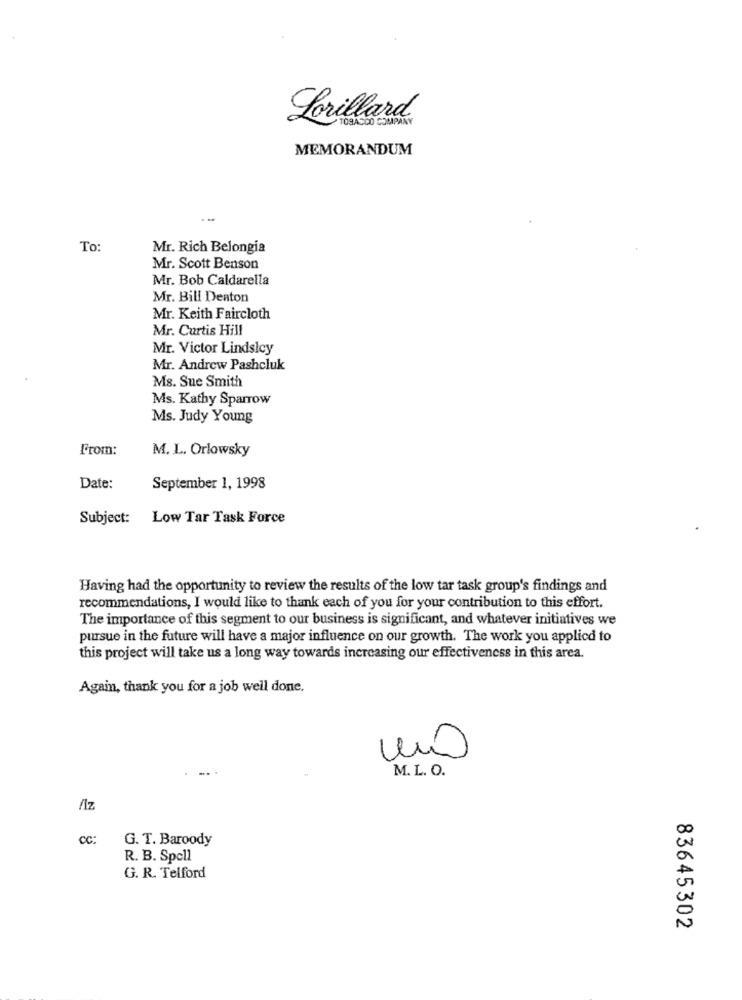
Lorillard
TOBA500 COMPANY
MEMORANDUM
To:
Mr. Rich Belongia
Mr. Scott Benson
Mr. Bob Caldarella
Mr. Bill Denton
Mr. Keith Faircloth
Mr. Curtis Hill
Mr. Victor Lindslcy
Mr. Andrew Pashcluk
Ms. Sue Smith
Ms. Kathy Sparrow
Ms. Judy Young
From:
M. L. Orlowsky
Date:
September 1, 1998
Subject: Low Tar Task Force
Having had the opportunity to review the results of the low tar task group's findings and
recommendations, I would like to thank each of you for your contribution to this effort.
The importance of this segment to our business is significant, and whatever initiatives we
pursue in the future will have a major influence on our growth. The work you applied to
this project will take us a long way towards increasing our effectiveness in this area.
Again, thank you for a job well done.
M. L. O.
fiz
CC:
G. T. Baroody
R. B. Spell
G. R. Telford
83645302